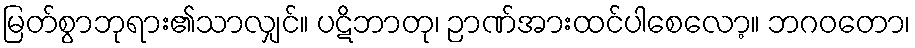
မြတ်စွာဘုရား၏သာလျှင်။ ပဋိဘာတု၊ ဉာဏ်အားထင်ပါစေလော့။ ဘဂဝတော၊